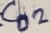
Text: C02